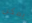
يمكن